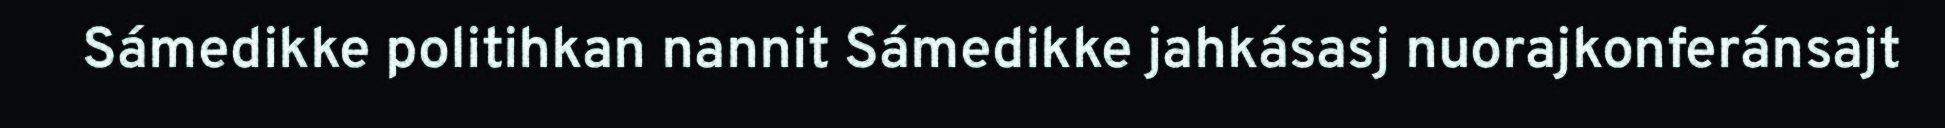
Sámedikke politihkan nannit Sámedikke jahkásasj nuorajkonferánsajt